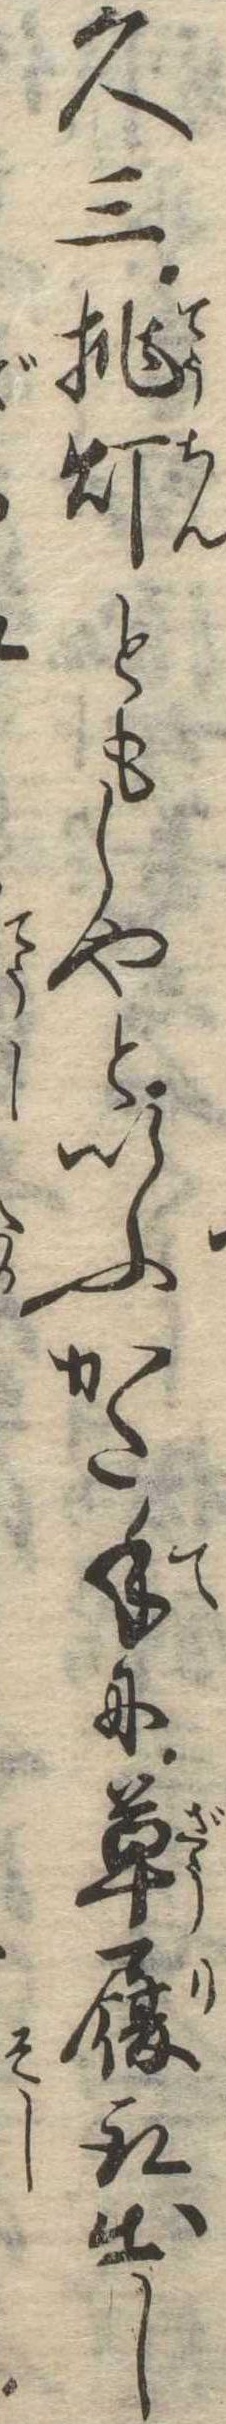
久三提灯ともしやといふかた手に草履取出し